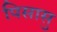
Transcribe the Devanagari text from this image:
पिसासु